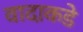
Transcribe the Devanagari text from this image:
वादाकडे